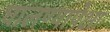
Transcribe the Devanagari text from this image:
घालण्यापेक्षा